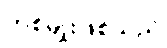
တစ်မျိုးဖြစ်သည်